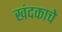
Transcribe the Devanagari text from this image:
खंदकाचे